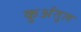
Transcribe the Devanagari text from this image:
कुर्अतुल